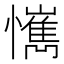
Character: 𢤮